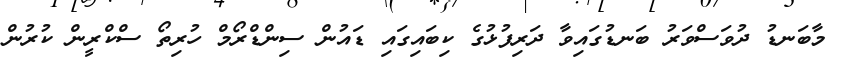
މާބަނޑު ދުވަސްވަރު ބަނޑުގައިވާ ދަރިފުޅުގެ ކިބައިގައި ޑައުން ސިންޑްރޯމް ހުރިތޯ ސްކްރީން ކުރުން